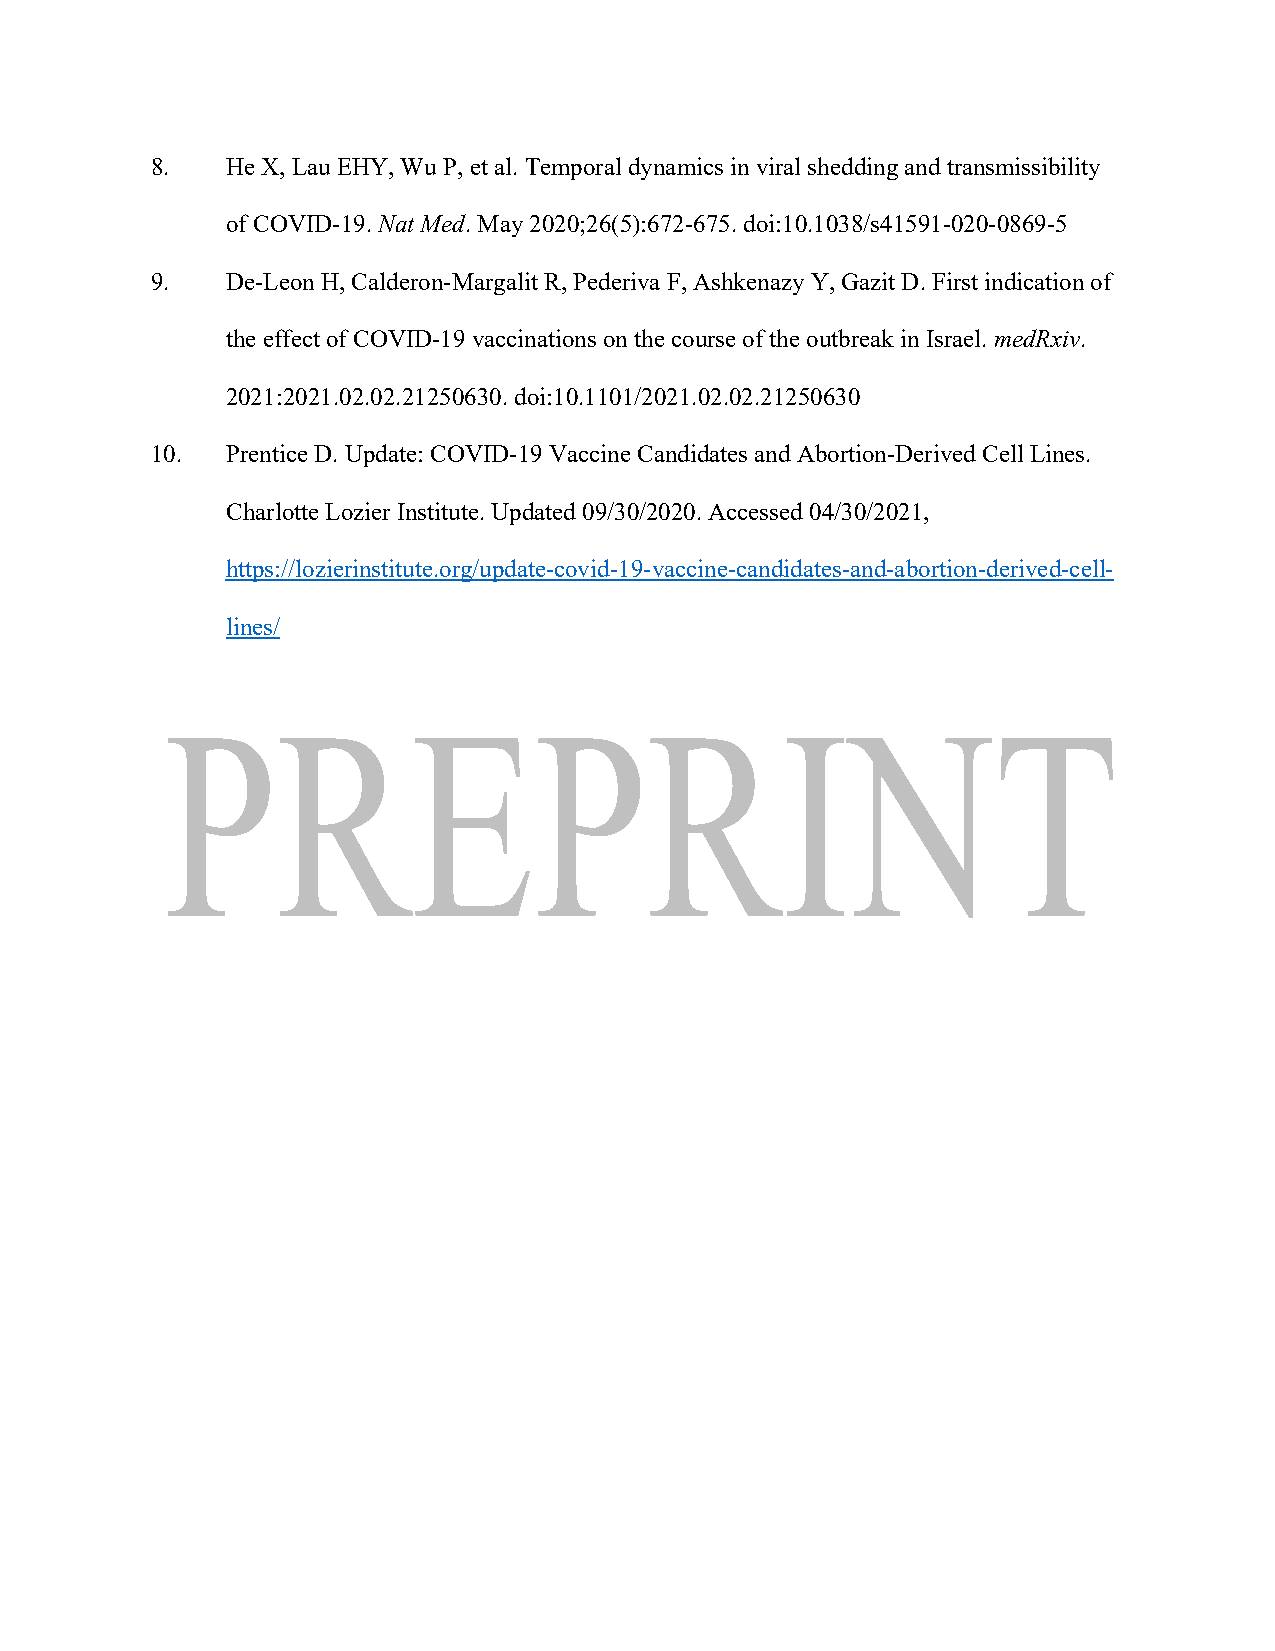
8.   He X, Lau EHY, Wu P, et al. Temporal dynamics in viral shedding and transmissibility
 of COVID-19. Nat Med. May 2020;26(5):672-675. doi:10.1038/s41591-020-0869-5
 9.   De-Leon H, Calderon-Margalit R, Pederiva F, Ashkenazy Y, Gazit D. First indication of
 the effect of COVID-19 vaccinations on the course of the outbreak in Israel. medRxiv.
 2021:2021.02.02.21250630. doi:10.1101/2021.02.02.21250630
 10.  Prentice D. Update: COVID-19 Vaccine Candidates and Abortion-Derived Cell Lines.
 Charlotte Lozier Institute. Updated 09/30/2020. Accessed 04/30/2021,
 https://lozierinstitute.org/update-covid-19-vaccine-candidates-and-abortion-derived-cell-
 lines/